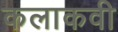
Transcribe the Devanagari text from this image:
कलाकवी